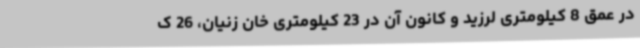
در عمق 8 کیلومتری لرزید و کانون آن در 23 کیلومتری خان زنیان، 26 ک